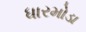
ધારમોડા